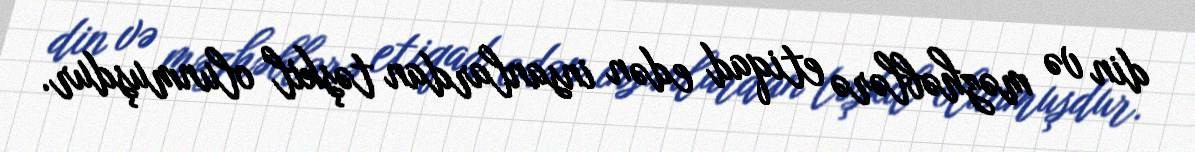
din və məzhəblərə etiqad edən insanlardan təşkil olunmuşdur.